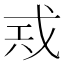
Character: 𢦶